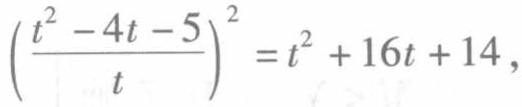
$\left(\frac{t^{2}-4t - 5}{t}\right)^{2}=t^{2}+16t + 14,$